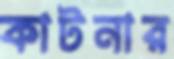
কাটনার